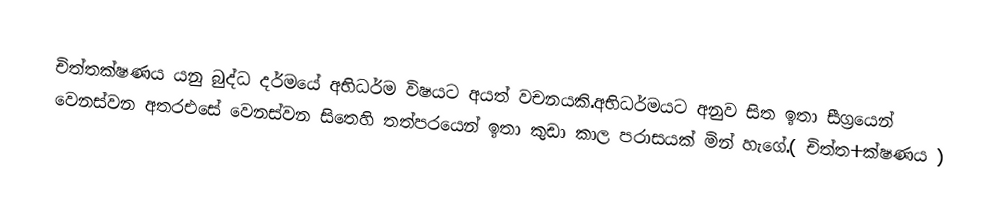
චිත්තක්ෂණය යනු බුද්ධ දර්මයේ අභිධර්ම විෂයට අයත් වචනයකි.අභිධර්මයට අනුව සිත ඉතා සීග්‍රයෙන් වෙනස්වන අතරඑසේ වෙනස්වන සිතෙහි තත්පරයෙන් ඉතා කුඩා කාල පරාසයක් මින් හැගේ.( චිත්ත+ක්ෂණය )